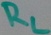
Text: RL